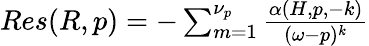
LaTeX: \begin{array}{r}{Res(R,p)=-\sum_{m=1}^{\nu_{p}}\frac{\alpha(H,p,-k)}{(\omega-p)^{k}}}\end{array}